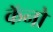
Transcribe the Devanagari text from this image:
कॅनो